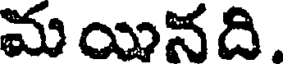
మయినది.